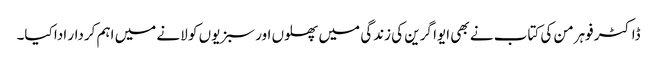
ڈاکٹر فوہرمن کی کتاب نے بھی ایوا گرین کی زندگی میں پھلوں اور سبزیوں کو لانے میں اہم کردار ادا کیا۔